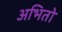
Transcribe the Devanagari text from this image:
अभितो